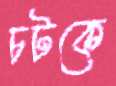
চটকে